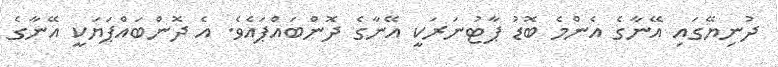
ދުނިޔޭގައި އޭނާގެ އެންމެ ބޮޑު ޕާޓުނަރަކީ އޭނާގެ ދޮންބައްޕައެވެ. އެ ދޮންބައްޕަޔަކީ އޭނާގެ